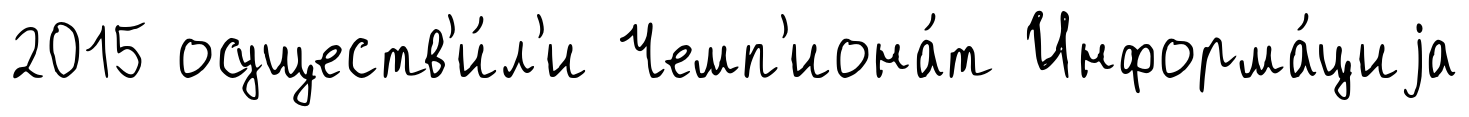
2015 осуществ'и́л'и Чемп'иона́т Информа́циjа